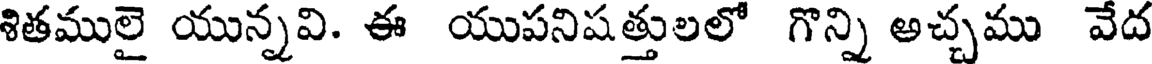
శితములై యున్నవి. ఈ యుపనిషత్తులలో గొన్ని అచ్చము వేద